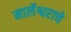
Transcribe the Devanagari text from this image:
मार्लेश्वराचे